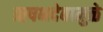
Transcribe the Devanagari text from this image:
ऋषभदेवामुळे